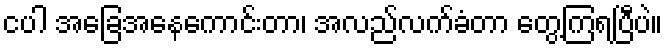
ငပါ အခြေအနေကောင်းတာ၊ အလည်လက်ခံတာ တွေ့ကြရပြီပဲ။